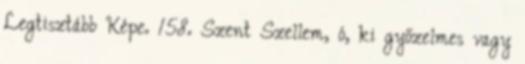
Legtisztább Képe. 158. Szent Szellem, ó, ki győzelmes vagy